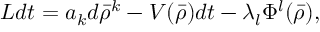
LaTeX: L d t = a _ { k } d \bar { \rho } ^ { k } - V ( \bar { \rho } ) d t - \lambda _ { l } \Phi ^ { l } ( \bar { \rho } ) ,